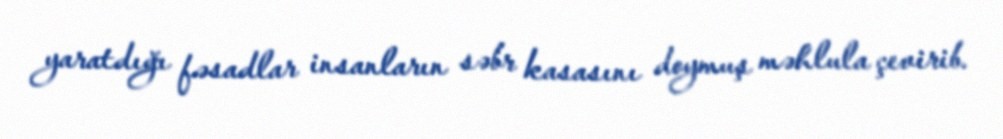
yaratdığı fəsadlar insanların səbr kasasını doymuş məhlula çevirib.